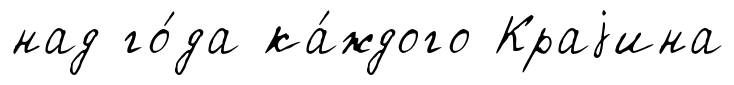
над го́да ка́ждого Краjина